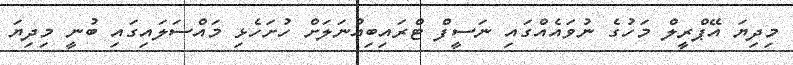
މިދިޔަ އޭޕްރީލް މަހުގެ ނުވައެއްގައި ނަސީފް ޓްރައިބިއުނަލަށް ހުށަހެޅި މައްސަލައިގައި ބުނީ މިދިޔަ